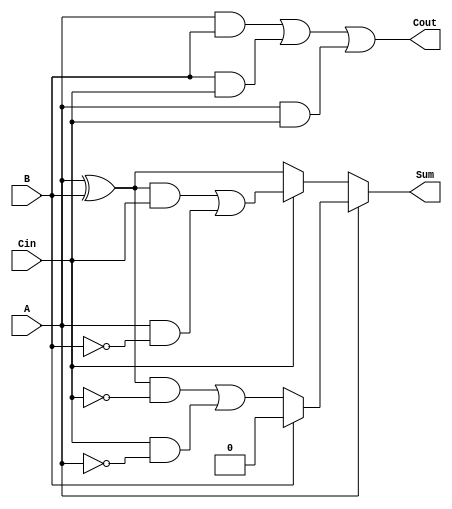
module TransmissionGateFullAdder (
    input wire A,     // First operand
    input wire B,     // Second operand
    input wire Cin,   // Carry-in bit
    output wire Sum,  // Resulting sum bit
    output wire Cout  // Resulting carry-out bit
);

    // Intermediate signals
    wire AB_xor;      // A XOR B
    wire AB_and;      // A AND B
    wire AB_Cin_and;  // (A XOR B) AND Cin
    wire B_Cin_and;   // B AND Cin
    wire A_Cin_and;   // A AND Cin

    // Calculate intermediate signals
    assign AB_xor = A ^ B;                   // A XOR B
    assign AB_and = A & B;                   // A AND B
    assign AB_Cin_and = AB_xor & Cin;        // (A XOR B) AND Cin
    assign B_Cin_and = B & Cin;              // B AND Cin
    assign A_Cin_and = A & Cin;              // A AND Cin

    // Transmission Gates for Sum output
    wire Sum_temp1, Sum_temp2;

    assign Sum_temp1 = (AB_xor & ~Cin) | (Cin & ~A);
    assign Sum_temp2 = (AB_xor & Cin) | (A & ~B);
    
    // Final Sum output controlled by transmission gates
    assign Sum = (A ? (B ? 1'b0 : Sum_temp1) : (Cin ? Sum_temp2 : AB_xor));

    // Transmission Gates for Cout output
    assign Cout = AB_and | B_Cin_and | A_Cin_and; // Cout = (A AND B) OR (B AND Cin) OR (A AND Cin)

endmodule